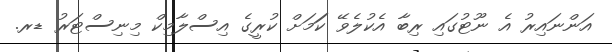
އަންނައިރު އެ ނޫޓުގައި ރިބާ އެކުލެވޭ ކަަމަށް ކުރީގެ އިސްލާމިކް މިނިސްޓަރު ޑރ.